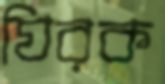
ঘিরক